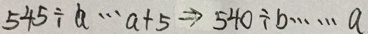
5 4 5 \div a \cdots a + 5 \Rightarrow 5 4 0 \div b \cdots a